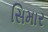
સિમાર